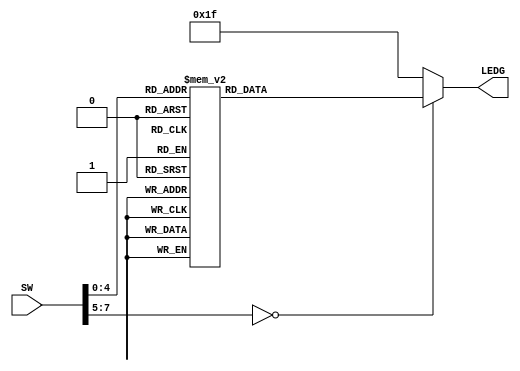
module lab_3 (SW,LEDG);

	input [7:0] SW;
	output reg[4:0] LEDG;
	
	always @(*)
	begin
			case (SW)
			
				8'b0000_0000: begin	
				LEDG = 5'b00000;
				end
				
				8'b0000_0001: begin	
				LEDG = 5'b00001;
				end	

				8'b0000_0010: begin	
				LEDG = 5'b00010;
				end

			   8'b0000_0011: begin	
				LEDG = 5'b00011;
				end 
				
				
				8'b0000_0100: begin	
				LEDG = 5'b00100;
				end 
			
				8'b0000_0101: begin	
				LEDG = 5'b00101;
				end 
				
				8'b0000_0110: begin	
				LEDG = 5'b00110;
				end
				
				8'b0000_0111: begin	
				LEDG = 5'b00111;
				end
				
				8'b0000_1000: begin	
				LEDG = 5'b01000;
				end
				
				8'b0000_1001: begin	
				LEDG = 5'b01001;
				end
				
				8'b0001_0000: begin	
				LEDG = 5'b01010;
				end
				
				8'b0001_0001: begin	
				LEDG = 5'b01011;
				end
				
				8'b0001_0010: begin	
				LEDG = 5'b01100;
				end
				
				8'b0001_0011: begin	
				LEDG = 5'b01101;
				end
				
				8'b0001_0100: begin	
				LEDG = 5'b01110;
				end
				
				8'b0001_0101: begin	
				LEDG = 5'b01111;
				end
				
				8'b0001_0110: begin	
				LEDG = 5'b10000;
				end
				
				8'b0001_0111: begin	
				LEDG = 5'b10001;
				end
				
				8'b0001_1000: begin	
				LEDG = 5'b10010;
				end
				
				8'b0001_1001: begin	
				LEDG = 5'b10011;
				end
				
				default: 
				begin
				LEDG = 5'b111111;
				end
			
			endcase
			
	end
	
endmodule